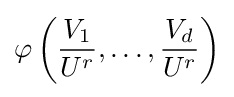
\varphi \left({\frac {V_{1}}{U^{r}}},\ldots ,{\frac {V_{d}}{U^{r}}}\right)